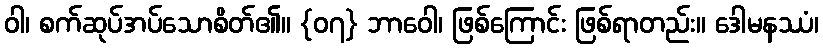
ဝါ၊ စက်ဆုပ်အပ်သောစိတ်၏။ {၀၇} ဘာဝေါ၊ ဖြစ်ကြောင်း ဖြစ်ရာတည်း။ ဒေါမနဿံ၊